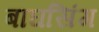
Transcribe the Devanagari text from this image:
बाघसिंग